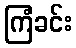
ကြံခင်း